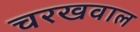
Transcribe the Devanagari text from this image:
चरखवाल